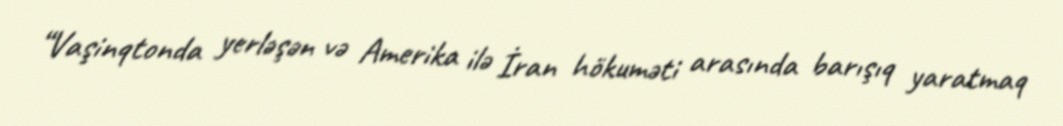
“Vaşinqtonda yerləşən və Amerika ilə İran hökuməti arasında barışıq yaratmaq